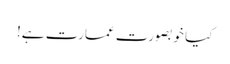
کیا خوبصورت عمارت ہے!